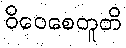
ဝိဝေစေတူတိ